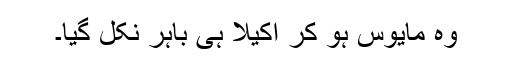
وہ مایوس ہو کر اکیلا ہی باہر نکل گیا۔